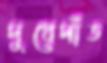
দুধেদাঁত